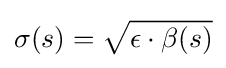
\sigma (s)={\sqrt {\epsilon \cdot \beta (s)}}